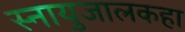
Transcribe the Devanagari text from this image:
स्नायुजालकहा